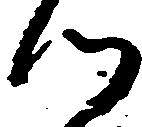
つ